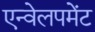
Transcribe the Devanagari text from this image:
एन्वेलपमेंट